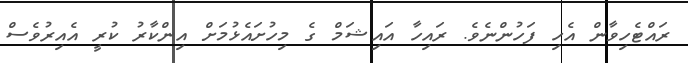
ރައްޓެހިވާން އެހި ފަހުންނެވެ. ރައިހާ އައިޝަމް ގެ މިހުށައެޅުމަށް އިންކާރު ކުރީ އެއިރުވެސް